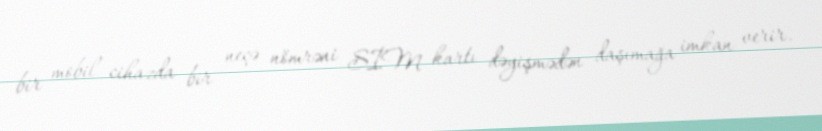
bir mobil cihazda bir neçə nömrəni SİM kartı dəyişmədən daşımağa imkan verir.